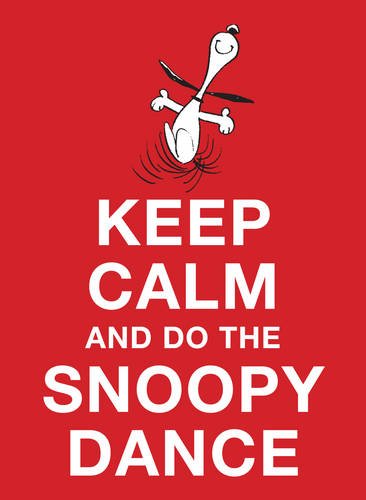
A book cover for Keep Calm and Do the Snoopy Dance; Charles M. Schulz; Humor & Entertainment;